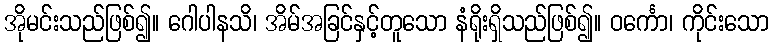
အိုမင်းသည်ဖြစ်၍။ ဂေါပါနသိ၊ အိမ်အခြင်နှင့်တူသော နံရိုးရှိသည်ဖြစ်၍။ ဝင်္ကော၊ ကိုင်းသော